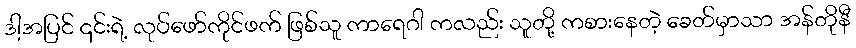
ဒါ့အပြင် ၎င်းရဲ့ လုပ်ဖော်ကိုင်ဖက် ဖြစ်သူ ကာရေဂါ ကလည်း သူတို့ ကစားနေတဲ့ ခေတ်မှာသာ အန်တိုနီ